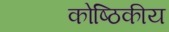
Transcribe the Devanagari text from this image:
कोष्ठिकीय